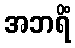
အဘရိံ